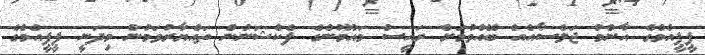
ޕީޕީއެމްގެ އާންމު ޖަލްސާއެއް ބޭއްވުމަށް ރައީސް މައުމޫންގެ ފެކްޝަނުން ތައްޔާރުވަމުން މިދަނީ ޕީޕީއެމްގެ